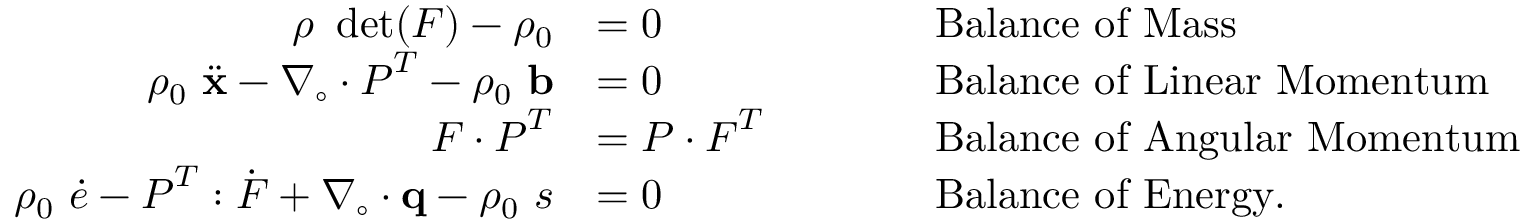
{ \begin{array} { r l r l } { \rho ~ \operatorname* { d e t } ( { \boldsymbol { F } } ) - \rho _ { 0 } } & { = 0 } & & { \qquad { \mathrm { B a l a n c e ~ o f ~ M a s s } } } \\ { \rho _ { 0 } ~ { \ddot { \mathbf { x } } } - { \boldsymbol { \nabla } } _ { \circ } \cdot { \boldsymbol { P } } ^ { T } - \rho _ { 0 } ~ \mathbf { b } } & { = 0 } & & { \qquad { \mathrm { B a l a n c e ~ o f ~ L i n e a r ~ M o m e n t u m } } } \\ { { \boldsymbol { F } } \cdot { \boldsymbol { P } } ^ { T } } & { = { \boldsymbol { P } } \cdot { \boldsymbol { F } } ^ { T } } & & { \qquad { \mathrm { B a l a n c e ~ o f ~ A n g u l a r ~ M o m e n t u m } } } \\ { \rho _ { 0 } ~ { \dot { e } } - { \boldsymbol { P } } ^ { T } : { \dot { \boldsymbol { F } } } + { \boldsymbol { \nabla } } _ { \circ } \cdot \mathbf { q } - \rho _ { 0 } ~ s } & { = 0 } & & { \qquad { \mathrm { B a l a n c e ~ o f ~ E n e r g y . } } } \end{array} }